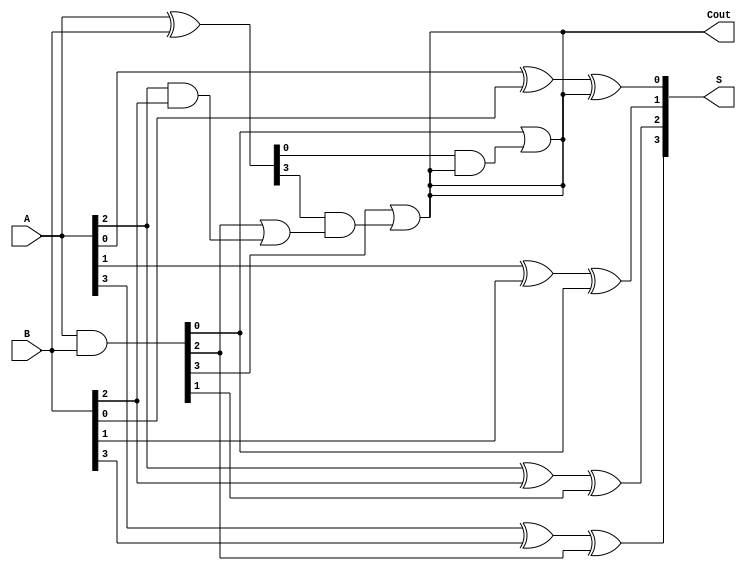
module carry_lookahead_adder (
    input [3:0] A,
    input [3:0] B,
    output [3:0] S,
    output Cout
);

wire [3:0] P, G;

assign P = A ^ B;
assign G = A & B;

assign S[0] = A[0] ^ B[0] ^ Cout;
assign Cout = G[0] | (P[0] & Cout);

assign S[1] = A[1] ^ B[1] ^ G[0];
always @(*) begin
    Cout = G[1] | (P[1] & (G[0] | (A[0] & B[0])));
    S[2] = A[2] ^ B[2] ^ G[1];
    Cout = G[2] | (P[2] & (G[1] | (A[1] & B[1])));
    S[3] = A[3] ^ B[3] ^ G[2];
    Cout = G[3] | (P[3] & (G[2] | (A[2] & B[2])));
end

endmodule